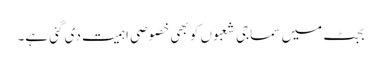
بجٹ میں سماجی شعبوں کو بھی خصوصی اہمیت دی گئی ہے۔